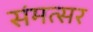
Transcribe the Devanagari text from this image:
संमत्सर